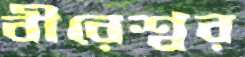
বীরেশ্বর